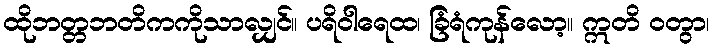
ထိုဘတ္တဘတိကကိုသာလျှင်။ ပရိဝါရေထ၊ ခြံရံကုန်လော့။ ဣတိ ဝတွာ၊